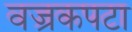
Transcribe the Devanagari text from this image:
वज्रकपटा